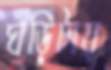
ঘড়িটায়